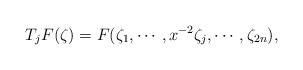
LaTeX: \begin{align*}T_j F (\zeta)=F (\zeta_1,\cdots,x^{-2}\zeta_j,\cdots,\zeta_{2n}), \end{align*}